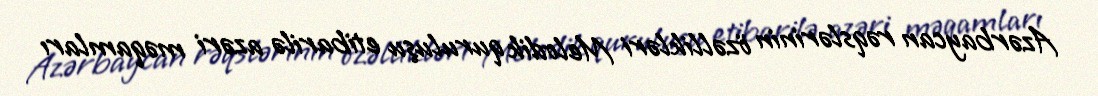
Azərbaycan rəqslərinin özəllikləri Melodik quruluşu etibarilə azəri məqamları